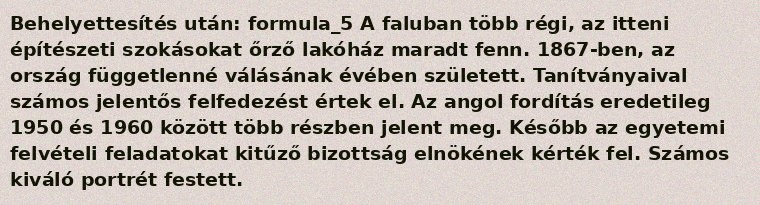
Behelyettesítés után: formula_5 A faluban több régi, az itteni építészeti szokásokat őrző lakóház maradt fenn. 1867-ben, az ország függetlenné válásának évében született. Tanítványaival számos jelentős felfedezést értek el. Az angol fordítás eredetileg 1950 és 1960 között több részben jelent meg. Később az egyetemi felvételi feladatokat kitűző bizottság elnökének kérték fel. Számos kiváló portrét festett.